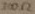
Text: 300Ω